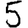
Digit: 5